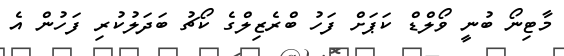
މާޓިނޯ ބުނީ ވޯލްޑް ކަޕަށް ފަހު ބްރެޒިލްގެ ކޯޗު ބަދަލުކުރި ފަހުން އެ